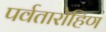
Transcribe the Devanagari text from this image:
पर्वतारोहिण